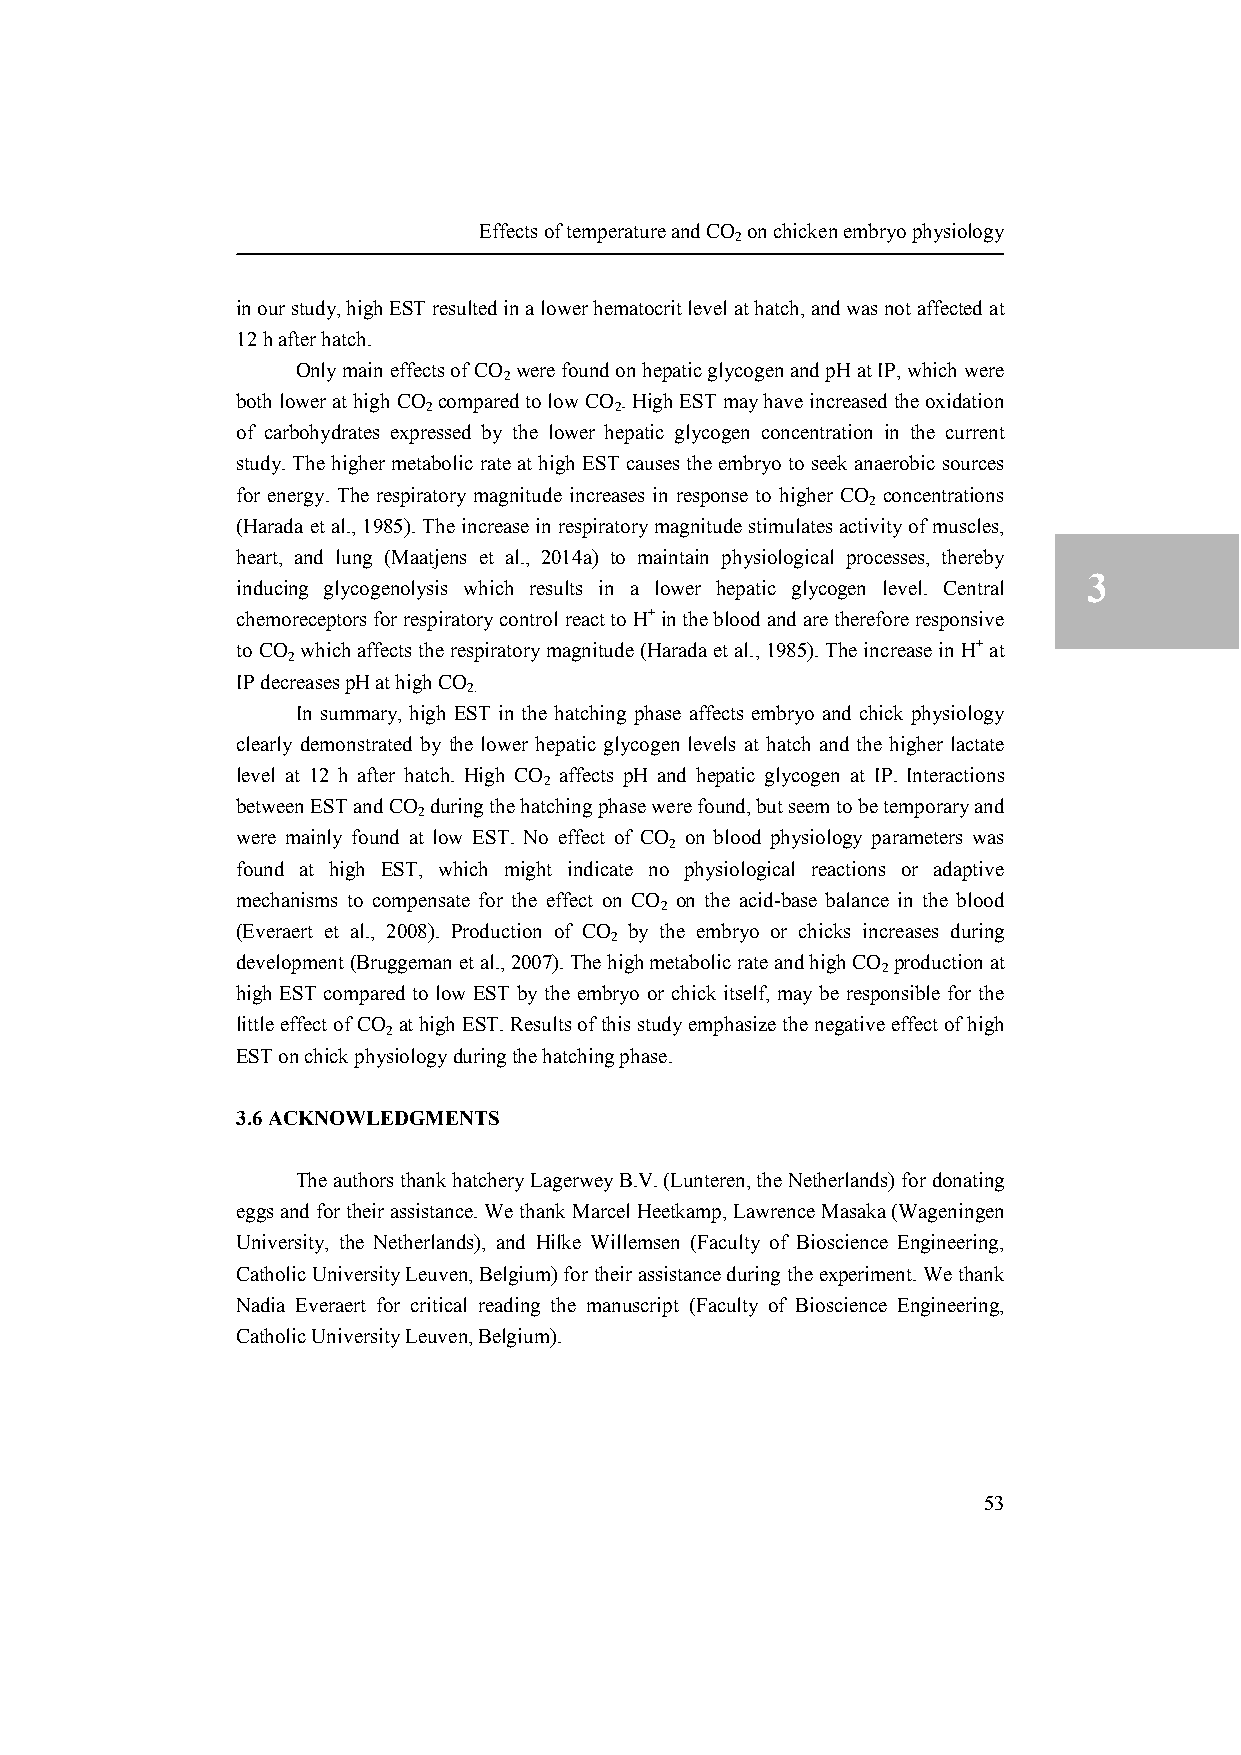
Effects of temperature and CO
 2
 on chicken embryo physiology
 in our study, high EST resulted in a lower hematocrit level at hatch, and was not affected at
 12 h after hatch.
 Only main effects of CO were found on hepatic glycogen and pH at IP, which were
 2
 both lower at high CO compared to low CO . High EST may have increased the oxidation
 2            2
 of carbohydrates expressed by the lower hepatic glycogen concentration in the current
 study. The higher metabolic rate at high EST causes the embryo to seek anaerobic sources
 for energy. The respiratory magnitude increases in response to higher CO concentrations
 2
 (Harada et al., 1985). The increase in respiratory magnitude stimulates activity of muscles,
 heart, and lung (Maatjens et al., 2014a) to maintain physiological processes, thereby
 3
 inducing glycogenolysis which results in a lower hepatic glycogen level. Central
 chemoreceptors for respiratory control react to H+ in the blood and are therefore responsive
 to CO which affects the respiratory magnitude (Harada et al., 1985). The increase in H+ at
 2
 IP decreases pH at high CO
 2.
 In summary, high EST in the hatching phase affects embryo and chick physiology
 clearly demonstrated by the lower hepatic glycogen levels at hatch and the higher lactate
 level at 12 h after hatch. High CO affects pH and hepatic glycogen at IP. Interactions
 2
 between EST and CO during the hatching phase were found, but seem to be temporary and
 2
 were mainly found at low EST. No effect of CO on blood physiology parameters was
 2
 found at high EST, which might indicate no physiological reactions or adaptive
 mechanisms to compensate for the effect on CO on the acid-base balance in the blood
 2
 (Everaert et al., 2008). Production of CO by the embryo or chicks increases during
 2
 development (Bruggeman et al., 2007). The high metabolic rate and high CO production at
 2
 high EST compared to low EST by the embryo or chick itself, may be responsible for the
 little effect of CO at high EST. Results of this study emphasize the negative effect of high
 2
 EST on chick physiology during the hatching phase.
 3.6 ACKNOWLEDGMENTS
 The authors thank hatchery Lagerwey B.V. (Lunteren, the Netherlands) for donating
 eggs and for their assistance. We thank Marcel Heetkamp, Lawrence Masaka (Wageningen
 University, the Netherlands), and Hilke Willemsen (Faculty of Bioscience Engineering,
 Catholic University Leuven, Belgium) for their assistance during the experiment. We thank
 Nadia Everaert for critical reading the manuscript (Faculty of Bioscience Engineering,
 Catholic University Leuven, Belgium).
 53